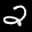
Label: 2